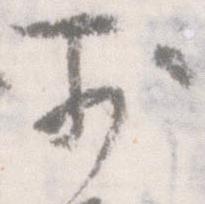
前